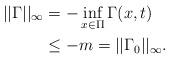
LaTeX: \begin{align*}||\Gamma||_{\infty}&=-\inf_{x\in \Pi}\Gamma (x,t)\\&\leq -m=||\Gamma_0||_{\infty}.\end{align*}